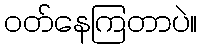
ဝတ်နေကြတာပဲ။